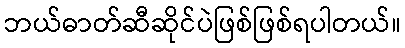
ဘယ်ဓာတ်ဆီဆိုင်ပဲဖြစ်ဖြစ်ရပါတယ်။